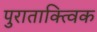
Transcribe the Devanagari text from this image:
पुराताक्त्विक